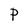
Character: P